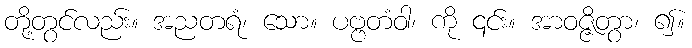
တို့တွင်လည်း။ အညတရံ၊ သော။ ပဗ္ဗတံဝါ၊ ကို ၎င်း။ အာဝဇ္ဇိတွာ၊ ၍။